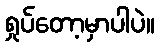
ရှုပ်တော့မှာပါပဲ။